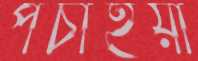
পচাইয়া